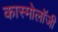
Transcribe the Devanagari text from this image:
कास्मोलॉजी